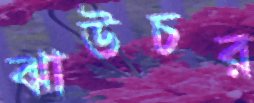
ঝাউচর